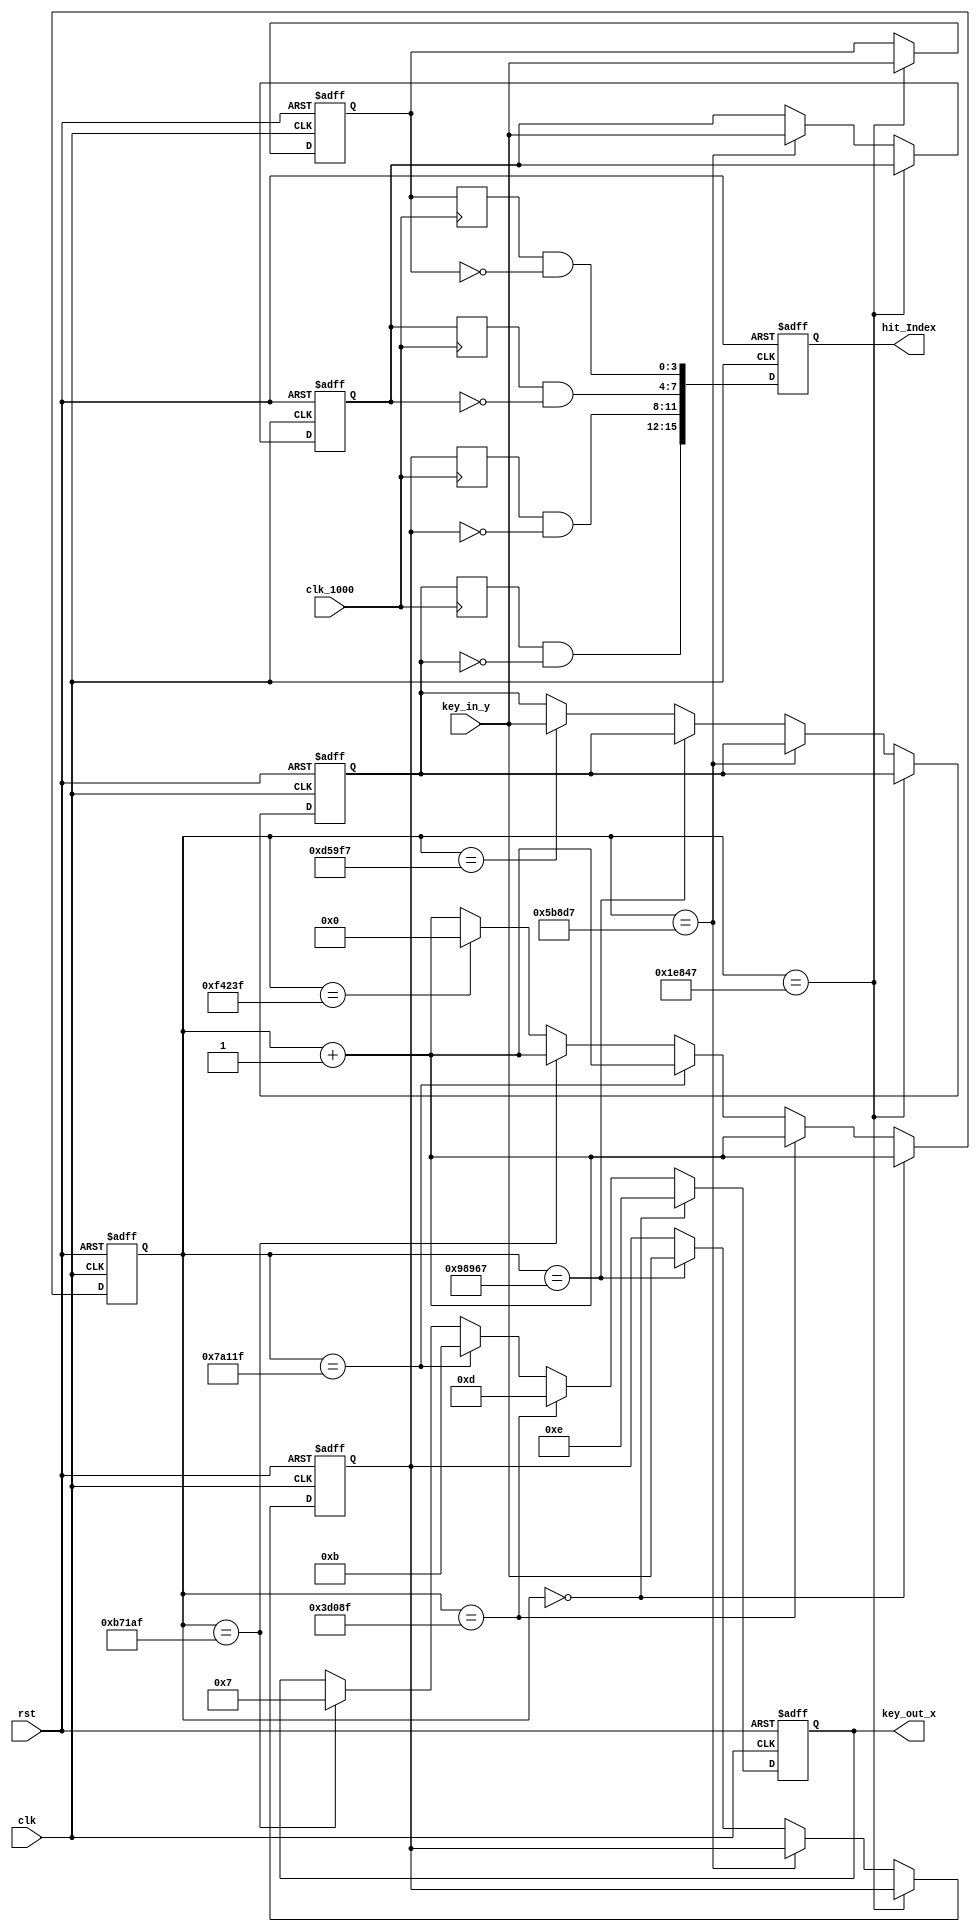
module keyboard_scan (
    clk,  // : 50Mhz
    clk_1000,
    rst,  // 
    key_in_y,  // (KEY0~KEY3)
    key_out_x,  // (KEY4~KEY7)
    hit_Index  // 
);  //
  //========================================================
  // PORT declarations
  //========================================================
  input clk, rst,clk_1000;  //clk
  input [3:0] key_in_y;
  output reg [3:0] key_out_x;
  output wire [15:0] hit_Index;
  wire [ 3:0] row;
  reg  [ 2:0] state;
  reg  [ 1:0] cnt;

  //
  reg  [19:0] count;

  //==============================================
  // 20ms,
  //==============================================
  always @(posedge clk or negedge rst)     //
begin
    if (!rst) begin  //
      count     <= 20'd0;  //0
      key_out_x <= 4'b1111;
    end else begin
      if(count == 20'd0)           //0ms
            begin
        key_out_x <= 4'b1110;  //,0
        count <= count + 20'b1;  //1
      end
         else if(count == 20'd249_999) //5ms,5ms(50M/200-1=249_999)
            begin
        key_out_x <= 4'b1101;  //,0
        count <= count + 20'b1;  //1
      end				
			else if(count ==20'd499_999)   //10ms,10ms(50M/100-1=499_999)
            begin
        key_out_x <= 4'b1011;  //,0
        count <= count + 20'b1;  //1
      end	
			else if(count ==20'd749_999)   //15ms,15ms(50M/67.7-1=749_999)
            begin
        key_out_x <= 4'b0111;  //,0
        count <= count + 20'b1;  //1
      end				
         else if(count ==20'd999_999)  //20ms(50M/50-1=999_999)
			   begin
        count <= 0;  //0
      end else count <= count + 20'b1;  //1

    end
  end
  //====================================================
  // 
  //====================================================
  reg [3:0] key_h1_scan;  //KEY
  reg [3:0] key_h1_scan_r;  //KEY
  reg [3:0] key_h2_scan;  //KEY
  reg [3:0] key_h2_scan_r;  //KEY
  reg [3:0] key_h3_scan;  //KEY
  reg [3:0] key_h3_scan_r;  //KEY
  reg [3:0] key_h4_scan;  //KEY
  reg [3:0] key_h4_scan_r;  //KEY
  always @(posedge clk or negedge rst) begin
    if (!rst) begin  // 
      key_h1_scan <= 4'b1111;
      key_h2_scan <= 4'b1111;
      key_h3_scan <= 4'b1111;
      key_h4_scan <= 4'b1111;
    end else begin
      if (count == 20'd124_999)  //2.5ms
        key_h1_scan <= key_in_y;  //
      else if (count == 20'd374_999)  //7.5ms
        key_h2_scan <= key_in_y;  //
      else if (count == 20'd624_999)  //12.5ms
        key_h3_scan <= key_in_y;  //
      else if (count == 20'd874_999)  //17.5ms
        key_h4_scan <= key_in_y;  // 
    end
  end

  //====================================================
  // 1000Hz
  //====================================================
  always @(posedge clk_1000) begin
    key_h1_scan_r <= key_h1_scan;
    key_h2_scan_r <= key_h2_scan;
    key_h3_scan_r <= key_h3_scan;
    key_h4_scan_r <= key_h4_scan;
  end

  wire [3:0] flag_h1_key = key_h1_scan_r[3:0] & (~key_h1_scan[3:0]);  // 
  wire [3:0] flag_h2_key = key_h2_scan_r[3:0] & (~key_h2_scan[3:0]);  // 
  wire [3:0] flag_h3_key = key_h3_scan_r[3:0] & (~key_h3_scan[3:0]);  // 
  wire [3:0] flag_h4_key = key_h4_scan_r[3:0] & (~key_h4_scan[3:0]);  // 

  //=====================================================
  // 
  //=====================================================
  reg [15:0] hit_led;
  always @ (posedge clk or negedge rst)      //
begin
    if (!rst)  //
      hit_led <= 16'd0;  //LED, LED
    else begin
      hit_led[3:0]   <= flag_h1_key;
      hit_led[7:4]   <= flag_h2_key;
      hit_led[11:8]  <= flag_h3_key;
      hit_led[15:12] <= flag_h4_key;
    end
  end
  assign hit_Index = hit_led;
endmodule